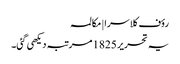
رؤف کلاسرا | مکالمہ
یہ تحریر 1825 مرتبہ دیکھی گئی۔